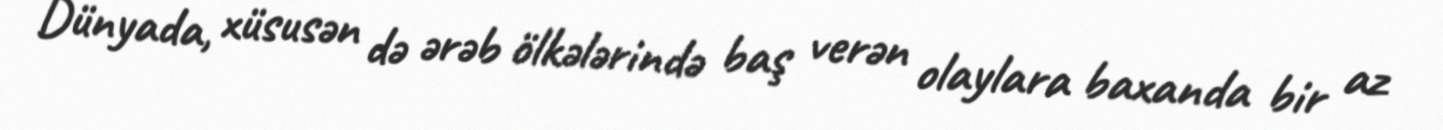
Dünyada, xüsusən də ərəb ölkələrində baş verən olaylara baxanda bir az